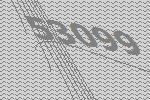
53099